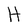
Character: H